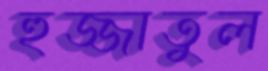
হুজ্জাতুল